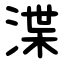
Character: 渫